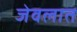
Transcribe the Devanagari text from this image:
जेवलात